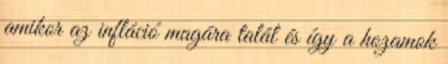
amikor az infláció magára talál és így a hozamok